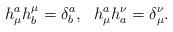
LaTeX: \begin{align*}h^a_\mu h^\mu_b = \delta^a_b, ~~ h^a_\mu h^\nu_a = \delta^\nu_\mu.\end{align*}